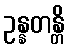
ဥန္နတန္တိ